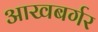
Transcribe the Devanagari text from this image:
आखबर्गर